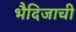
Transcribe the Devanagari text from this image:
भैदिजाची